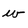
Character: w